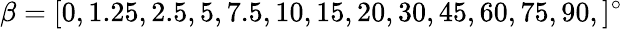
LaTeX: \beta=[0,1.25,2.5,5,7.5,10,15,20,30,45,60,75,90,]^{\circ}